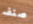
صنف